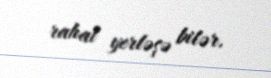
rahat yerləşə bilər.